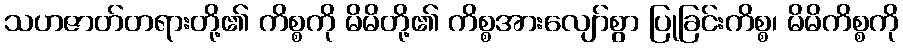
သဟဇာတ်တရားတို့၏ ကိစ္စကို မိမိတို့၏ ကိစ္စအားလျော်စွာ ပြုခြင်းကိစ္စ၊ မိမိကိစ္စကို